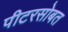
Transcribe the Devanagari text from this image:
पीटरसोबत